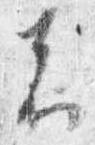
者